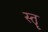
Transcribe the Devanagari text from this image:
स्‍तॄ